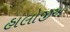
હાલોજીએ